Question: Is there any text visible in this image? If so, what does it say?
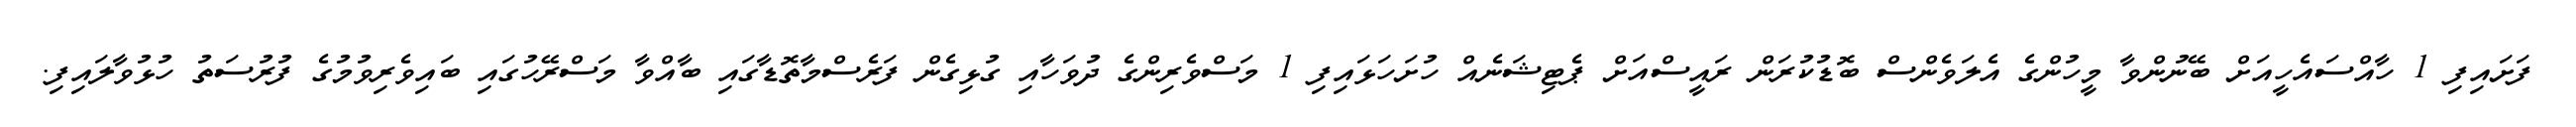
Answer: ފަށައިފި 1 ހާއްސައެހީއަށް ބޭނުންވާ މީހުންގެ އެލަވެންސް ބޮޑުކުރަން ރައީސްއަށް ޕެޓިޝަނެއް ހުށަހަޅައިފި 1 މަސްވެރިންގެ ދުވަހާއި ގުޅިގެން ފަރެސްމާތޮޑާގައި ބާއްވާ މަސްރޭހުގައި ބައިވެރިވުމުގެ ފުރުސަތު ހުޅުވާލައިފި.